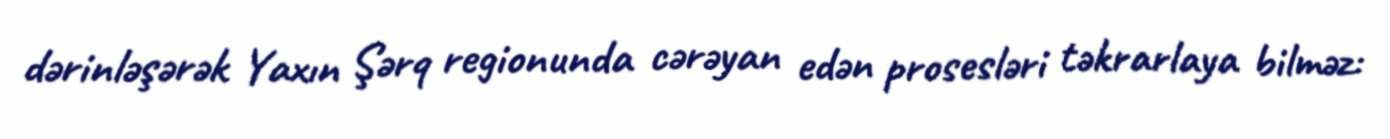
dərinləşərək Yaxın Şərq regionunda cərəyan edən prosesləri təkrarlaya bilməz: